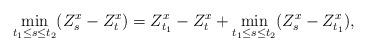
LaTeX: \begin{align*}\min_{t_1\le s\le t_2} (Z^x_s-Z^x_t) = Z^x_{t_1}-Z^x_t+\min_{t_1\le s\le t_2} (Z^x_s-Z^x_{t_1}), \end{align*}